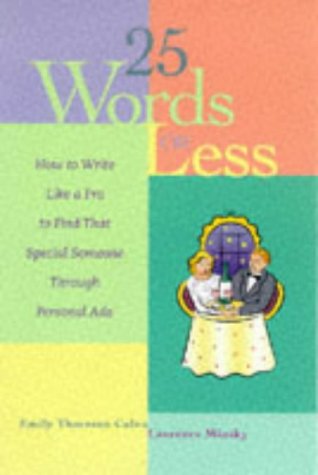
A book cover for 25 Words or Less: How to Write Like a Pro to Find That Special Someone Through Personal Ads; Emily Thornton Calvo; Romance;